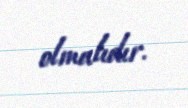
olmalıdır.